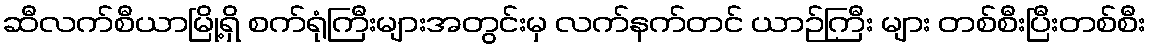
ဆီလက်စီယာမြို့ရှိ စက်ရုံကြီးများအတွင်းမှ လက်နက်တင် ယာဉ်ကြီး များ တစ်စီးပြီးတစ်စီး